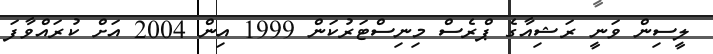
ލީސިން ވަނީ ރަޝިއާގެ ޕްރެސް މިނިސްޓަރުކަން 1999 އިން 2004 އަށް ކުރައްވާފަ